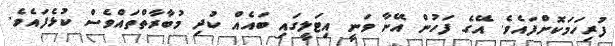
ފުރިހަމަކޮށްފައެވެ. އޭގެ ފަހުން އޭނާ ވަނީ އިޓަލީގައި ބައެއް ކުދި މުބާރާތްތައްވެސް ކުޅެފައެވެ.